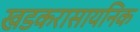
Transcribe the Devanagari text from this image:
खडकरासायनिक